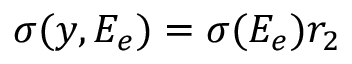
\sigma ( y , E _ { e } ) = \sigma ( E _ { e } ) r _ { 2 }